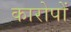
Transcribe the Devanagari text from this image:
कारोपों